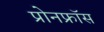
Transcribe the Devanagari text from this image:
प्रोनफ्रॉस